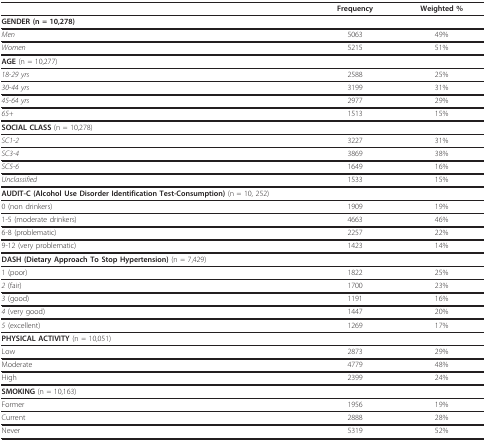
<table><thead><tr><td>[EMPTY_CELL]</td><td><b>Frequency</b></td><td><b>Weighted %</b></td></tr></thead><tbody><tr><td><b>GENDER </b>(n = 10,278)</td><td>[EMPTY_CELL]</td><td>[EMPTY_CELL]</td></tr><tr><td><i>Men</i></td><td>5063</td><td>49%</td></tr><tr><td><i>Women</i></td><td>5215</td><td>51%</td></tr><tr><td><b>AGE </b>(n = 10,277)</td><td>[EMPTY_CELL]</td><td>[EMPTY_CELL]</td></tr><tr><td><i>18-29 yrs</i></td><td>2588</td><td>25%</td></tr><tr><td><i>30-44 yrs</i></td><td>3199</td><td>31%</td></tr><tr><td><i>45-64 yrs</i></td><td>2977</td><td>29%</td></tr><tr><td><i>65+</i></td><td>1513</td><td>15%</td></tr><tr><td><b>SOCIAL CLASS </b>(n = 10,278)</td><td>[EMPTY_CELL]</td><td>[EMPTY_CELL]</td></tr><tr><td><i>SC1-2</i></td><td>3227</td><td>31%</td></tr><tr><td><i>SC3-4</i></td><td>3869</td><td>38%</td></tr><tr><td><i>SC5-6</i></td><td>1649</td><td>16%</td></tr><tr><td><i>Unclassified</i></td><td>1533</td><td>15%</td></tr><tr><td><b>AUDIT-C (Alcohol Use Disorder Identification Test-Consumption) </b>(n = 10, 252)</td><td>[EMPTY_CELL]</td><td>[EMPTY_CELL]</td></tr><tr><td>0 (non drinkers)</td><td>1909</td><td>19%</td></tr><tr><td>1-5 (moderate drinkers)</td><td>4663</td><td>46%</td></tr><tr><td>6-8 (problematic)</td><td>2257</td><td>22%</td></tr><tr><td>9-12 (very problematic)</td><td>1423</td><td>14%</td></tr><tr><td><b>DASH (Dietary Approach To Stop Hypertension) </b>(n = 7,429)</td><td>[EMPTY_CELL]</td><td>[EMPTY_CELL]</td></tr><tr><td>1 (poor)</td><td>1822</td><td>25%</td></tr><tr><td><i>2 </i>(fair)</td><td>1700</td><td>23%</td></tr><tr><td><i>3 </i>(good)</td><td>1191</td><td>16%</td></tr><tr><td><i>4 </i>(very good)</td><td>1447</td><td>20%</td></tr><tr><td><i>5 </i>(excellent)</td><td>1269</td><td>17%</td></tr><tr><td><b>PHYSICAL ACTIVITY </b>(n = 10,051)</td><td>[EMPTY_CELL]</td><td>[EMPTY_CELL]</td></tr><tr><td>Low</td><td>2873</td><td>29%</td></tr><tr><td>Moderate</td><td>4779</td><td>48%</td></tr><tr><td>High</td><td>2399</td><td>24%</td></tr><tr><td><b>SMOKING </b>(n = 10,163)</td><td>[EMPTY_CELL]</td><td>[EMPTY_CELL]</td></tr><tr><td>Former</td><td>1956</td><td>19%</td></tr><tr><td>Current</td><td>2888</td><td>28%</td></tr><tr><td>Never</td><td>5319</td><td>52%</td></tr></tbody></table>